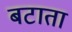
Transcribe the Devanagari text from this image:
बटाता